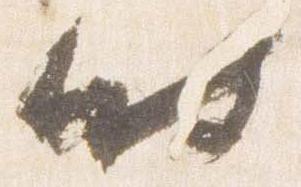
時